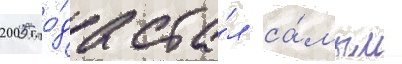
2005 го́да ста́л са́мым